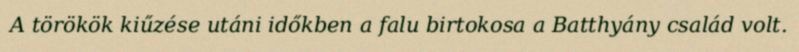
A törökök kiűzése utáni időkben a falu birtokosa a Batthyány család volt.